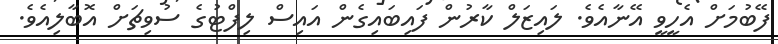
ފޭބުމަށް އެހީވީ އޭނާއެވެ. ލައިޒަލް ކާރުން ފައިބައިގެން އައިސް ލިފްޓުގެ ސުވިޗަށް އޮބާލިއެވެ.